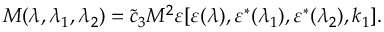
{ \cal M } ( \lambda , \lambda _ { 1 } , \lambda _ { 2 } ) = \tilde { c } _ { 3 } M ^ { 2 } \varepsilon [ \varepsilon ( \lambda ) , \varepsilon ^ { * } ( \lambda _ { 1 } ) , \varepsilon ^ { * } ( \lambda _ { 2 } ) , k _ { 1 } ] .